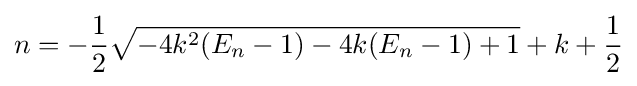
n=-{\frac {1}{2}}{\sqrt {-4k^{2}(E_{n}-1)-4k(E_{n}-1)+1}}+k+{\frac {1}{2}}